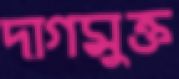
দাগমুক্ত